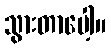
သွားတာပေါ့။